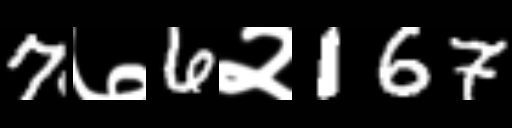
Text: 7७6२167